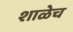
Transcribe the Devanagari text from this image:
शाळेच